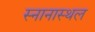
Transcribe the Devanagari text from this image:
स्नानास्थल